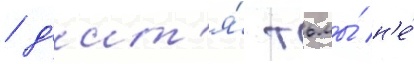
/ д'ит'я́ тьмы́ н'е́